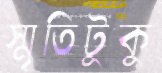
স্মৃতিটুকু